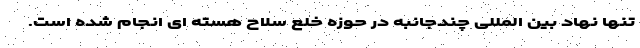
تنها نهاد بین المللی چندجانبه در حوزه خلع سلاح هسته ای انجام شده است.